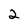
Character: 2